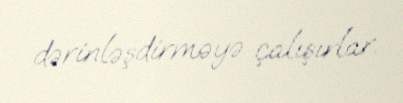
dərinləşdirməyə çalışırlar.